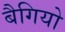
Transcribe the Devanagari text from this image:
बैगियो